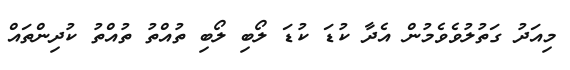
މިއަދު ގަތުލުވެވެމުން އެދާ ކުޑަ ކުޑަ ލޯބި ލޯބި ތުއްތު ތުއްތު ކުދިންތައް